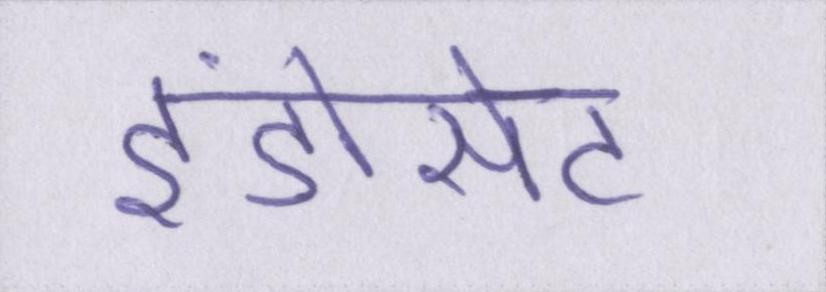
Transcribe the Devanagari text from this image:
इंडोसेट